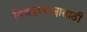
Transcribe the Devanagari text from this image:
वित्तपुरवठ्यासाठी